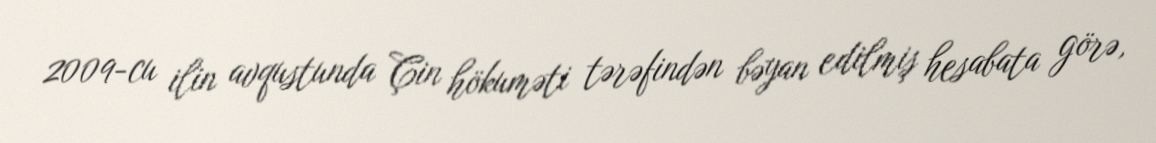
2009-cu ilin avqustunda Çin hökuməti tərəfindən bəyan edilmiş hesabata görə,